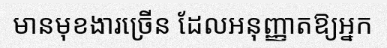
មានមុខងារច្រើន ដែលអនុញ្ញាតឱ្យអ្នក